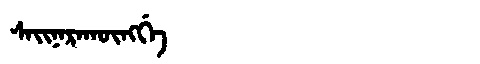
Manchu: ᠰᠠᡳᠨᠠᡵᠠᡴᡡᠩᡤᡝ
Romanization: SAINARAKŪNGGE